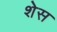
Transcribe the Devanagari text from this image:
शेस